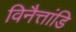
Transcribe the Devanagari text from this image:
विनैत्तांडि